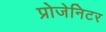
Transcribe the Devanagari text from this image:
प्रोजेनिटर